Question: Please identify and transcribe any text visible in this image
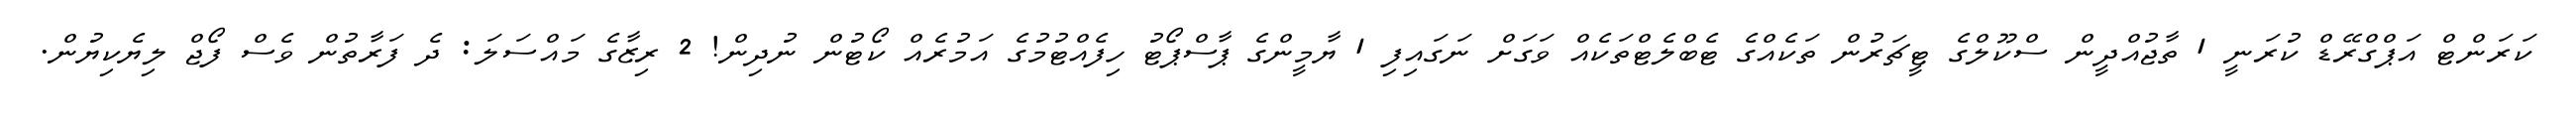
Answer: ކަރަންޓް އަޕްގްރޭޑް ކުރަނީ 1 ތާޖުއްދީން ސްކޫލްގެ ޓީޗަރުން ތަކެއްގެ ޓެބްލެޓްތަކެއް ވަގަށް ނަގައިފި 1 ޔާމީންގެ ޕާސްޕޯޓު ހިފެއްޓުމުގެ އަމުރެއް ކޯޓުން ނުދިން! 2 ރިޒާގެ މައްސަލަ: ދެ ފަރާތުން ވެސް ފޯޖް ލިޔެކިޔުން.